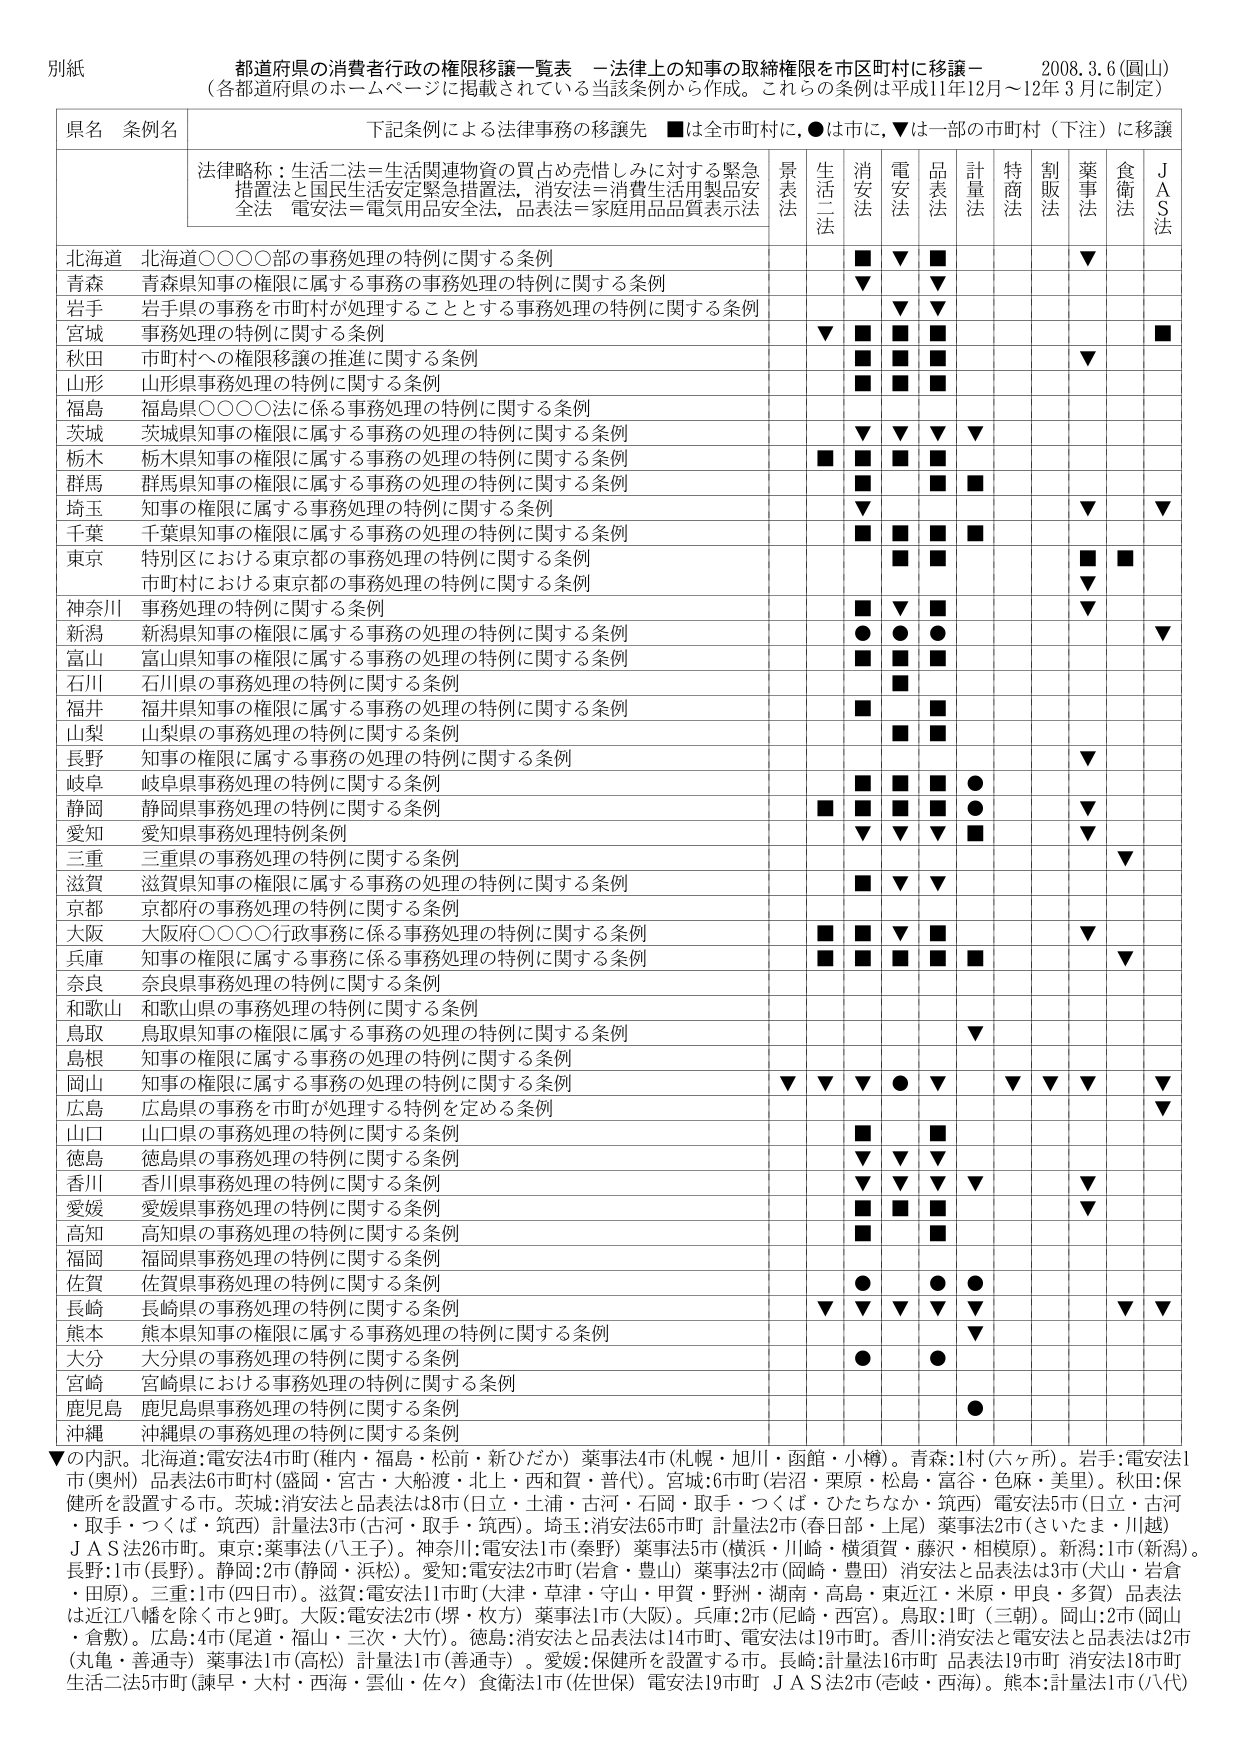
別紙
都道府県の消費者行政の権限移譲一覧表　－法律上の知事の取締権限を市町村に移譲－　2008.3.6（園山）
（各都道府県のホームページに掲載されている当該条例から作成。これらの条例は平成11年12月～12年3月に制定）

県名　条例名　下記条例による法律事務の移譲先　■は全市町村に，●は市に，▼は一部の市町村（下注）に移譲
法律略称：生活二法＝生活関連物資の買占め売惜しみに対する緊急措置法と国民生活安定緊急措置法，消安法＝消費生活用製品安全法　電安法＝電気用品安全法，品表法＝家庭用品品質表示法

景表法　生活二法　消安法　電安法　品表法　計量法　特商法　割販法　薬事法　食衛法　ＪＡＳ法

北海道　北海道○○○○部の事務処理の特例に関する条例